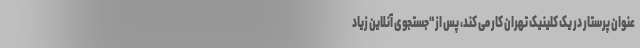
عنوان پرستار در یک کلینیک تهران کار می کند، پس از "جستجوی آنلاین زیاد